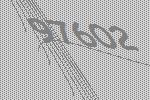
97602